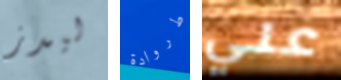
ليدز طروادة علي